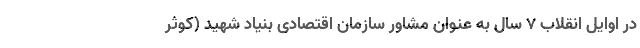
در اوایل انقلاب ۷ سال به عنوان مشاور سازمان اقتصادی بنیاد شهید (کوثر